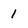
Character: 1